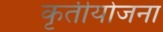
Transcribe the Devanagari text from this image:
कृतीयोजना